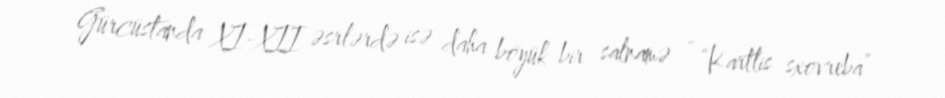
Gürcüstanda XI-XII əsrlərdə isə daha böyük bir salnamə - “Kartlis sxovreba”